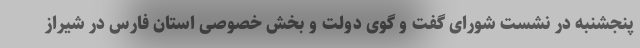
پنجشنبه در نشست شورای گفت و گوی دولت و بخش خصوصی استان فارس در شیراز